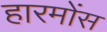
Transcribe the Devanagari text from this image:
हारमोंस